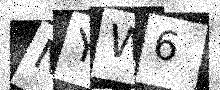
Text: NYW6